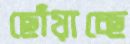
ছোঁয়াচ্ছে